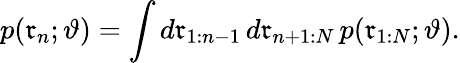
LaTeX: p(\mathfrak{r}_{n};\vartheta)=\int d\mathfrak{r}_{1:n-1}\, d\mathfrak{r}_{n+1:N}\, p(\mathfrak{r}_{1:N};\vartheta).